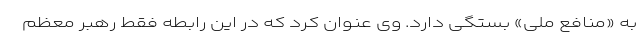
به «منافع ملی» بستگی دارد. وی عنوان کرد که در این رابطه فقط رهبر معظم